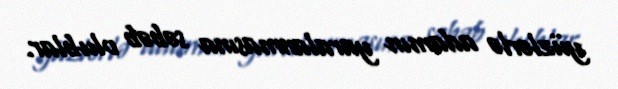
yüzlərlə adamın yaralanmasına səbəb olublar.